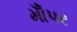
મોઁપર